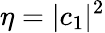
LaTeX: \eta=\vert c_{1}\vert^{2}